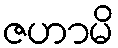
ဇဟာမိ